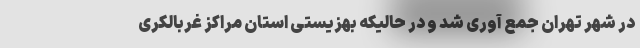
در شهر تهران جمع آوری شد و در حالیکه بهزیستی استان مراکز غربالکری